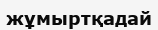
жұмыртқадай